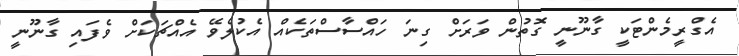
އެގްރީމެންޓަކީ ގާނޫނީ ގޮތުން ވަރަށް ގިނަ ހައްސާސްތަކެއް އެކުލެވޭ އެއްޗަކަށް ވެފައި ގާނޫނީ